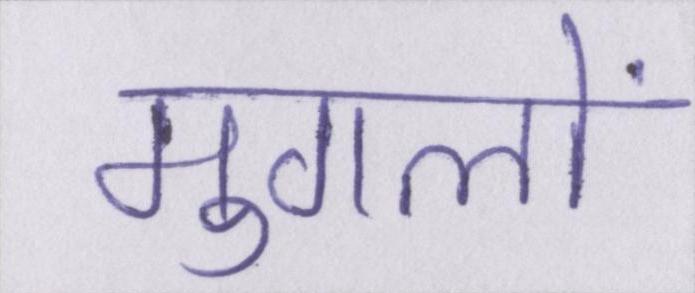
मुगलों